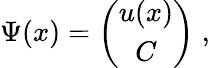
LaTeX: \Psi(x)=\left(\begin{array}{c}{{u(x)}}\\ {{C}}\end{array}\right)\; ,